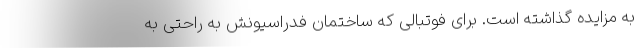
به مزایده گذاشته است. برای فوتبالی که ساختمان فدراسیونش به راحتی به